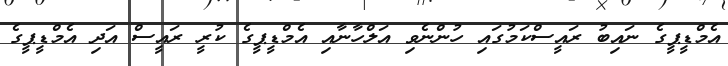
އެމްޑީޕީގެ ނައިބު ރައީސްކަމުގައި ހުންނެވި އަލްހާނާއި އެމްޑީޕީގެ ކުރީ ރައީސް އަދި އެމްޑީޕީގެ